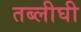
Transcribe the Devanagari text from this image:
तब्लीघी